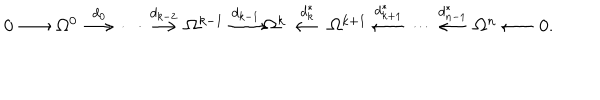
\begin{array} { c c c c c c c c c c c c c c c c c c c c c c } { { 0 \! \! \! } } & { { \! \stackrel { } { \longrightarrow } \! \! \! } } & { { \! \Omega ^ { 0 } \! \! \! } } & { { \! \stackrel { d _ { 0 } } { \longrightarrow } \! \! \! } } & { { \! \cdots \! \! \! } } & { { \! \stackrel { d _ { k - 2 } } { \longrightarrow } \! \! \! } } & { { \! \Omega ^ { k - 1 } \! \! \! } } & { { \! \stackrel { d _ { k - 1 } } { \longrightarrow } \! \! \! } } & { { \! \! \Omega ^ { k } \! \! \! } } & { { \! \stackrel { d _ { k } ^ { * } } { \longleftarrow } \! \! \! } } & { { \! \Omega ^ { k + 1 } \! \! \! } } & { { \! \stackrel { d _ { k + 1 } ^ { * } } { \longleftarrow } \! \! \! } } & { { \! \cdots \! \! \! } } & { { \! \stackrel { d _ { n - 1 } ^ { * } } { \longleftarrow } \! \! \! } } & { { \! \Omega ^ { n } \! \! \! } } & { { \! \stackrel { } { \longleftarrow } \! \! \! } } & { { \! 0 . } } \\ \end{array}